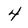
Character: 4